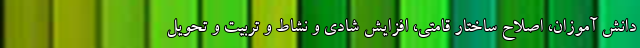
دانش آموزان، اصلاح ساختار قامتی، افزایش شادی و نشاط و تربیت و تحویل